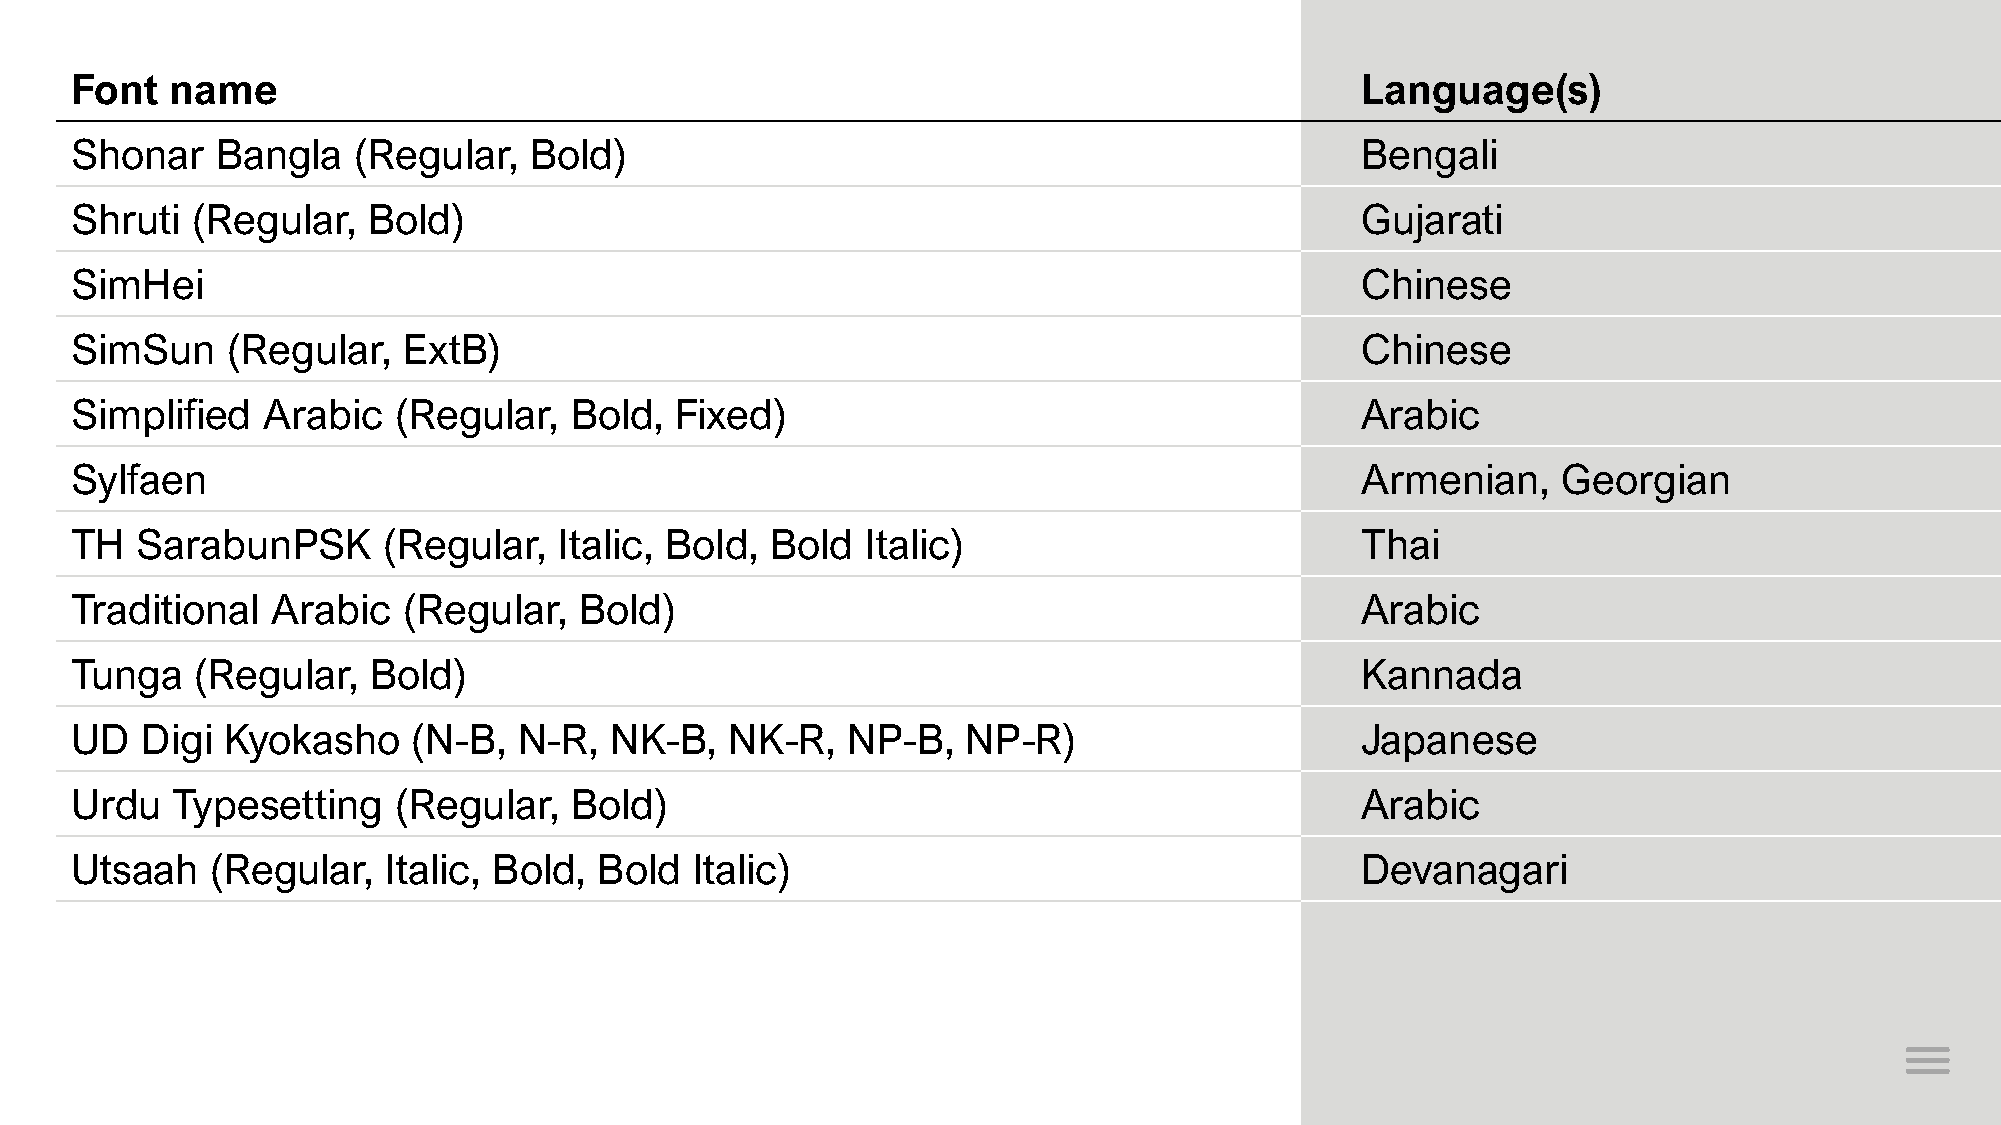
Font  name                                                                           Language(s)
 Shonar   Bangla   (Regular,   Bold)                                                  Bengali
 Shruti  (Regular,  Bold)                                                             Gujarati
 SimHei                                                                               Chinese
 SimSun    (Regular,   ExtB)                                                          Chinese
 Simplified  Arabic   (Regular,   Bold,  Fixed)                                       Arabic
 Sylfaen                                                                              Armenian,    Georgian
 TH  SarabunPSK      (Regular,   Italic, Bold, Bold  Italic)                          Thai
 Traditional  Arabic   (Regular,  Bold)                                               Arabic
 Tunga   (Regular,  Bold)                                                             Kannada
 UD  Digi  Kyokasho    (N-B,  N-R,  NK-B,   NK-R,   NP-B,   NP-R)                     Japanese
 Urdu  Typesetting    (Regular,   Bold)                                               Arabic
 Utsaah   (Regular,   Italic, Bold, Bold  Italic)                                     Devanagari